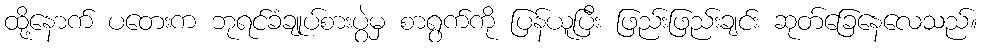
ထို့နောက် ပတေးက ဘုရင်ခံချုပ်စားပွဲမှ စာရွက်ကို ပြန်ယူပြီး ဖြည်းဖြည်းချင်း ဆုတ်ခြေနေလေသည်။